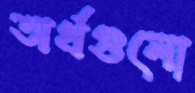
অর্থগুলো